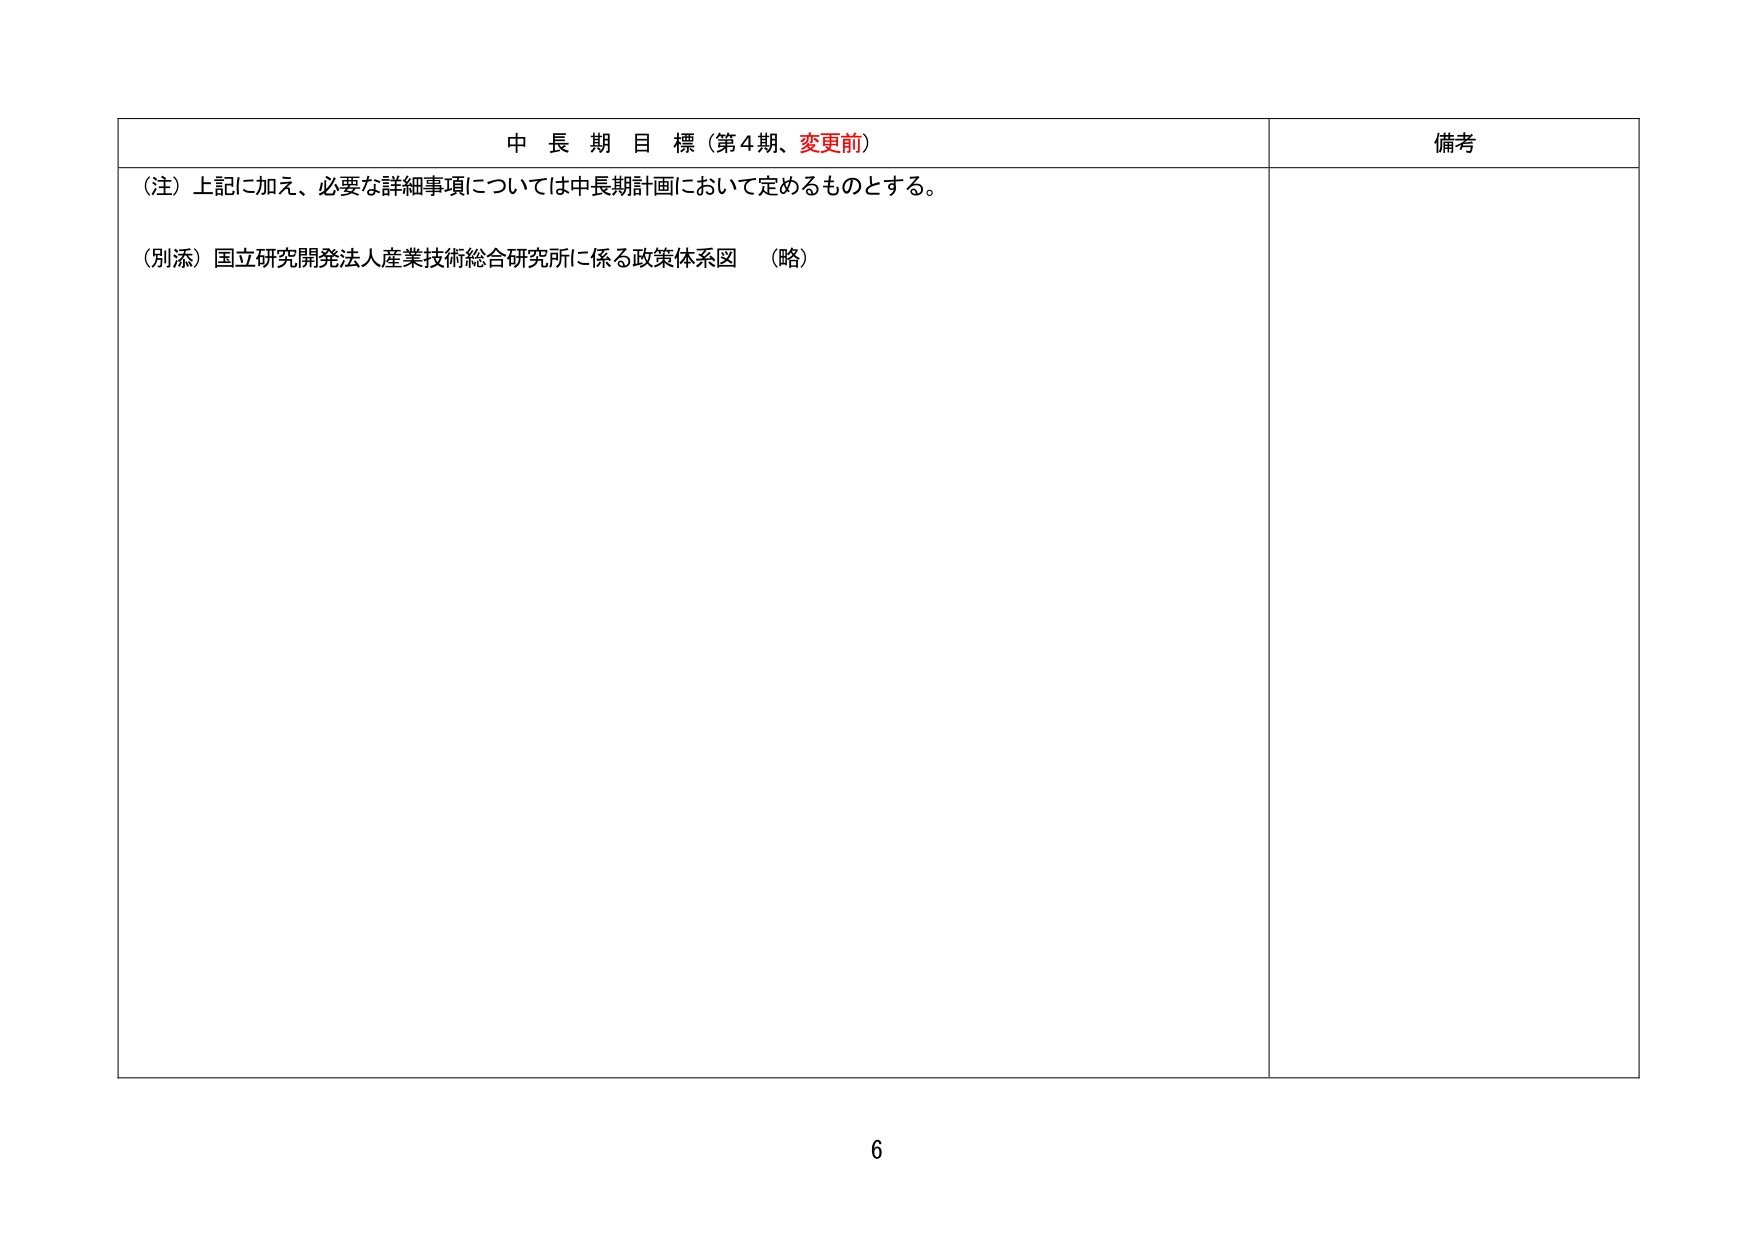
中長期目標（第4期、変更前）
備考

（注）上記に加え、必要な詳細事項については中長期計画において定めるものとする。
（別添）国立研究開発法人産業技術総合研究所に係る政策体系図 （略）

6